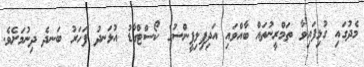
މެދުގައި ގުޅިފައިވާ ތަމްރީނުތައް ބާއްވައި އަދިފިލިޕީންސުގެ ކޯސްޓްގާޑު އުޅަނދު ފަހަރު ބަނދެ ދިނުމަށެވެ.